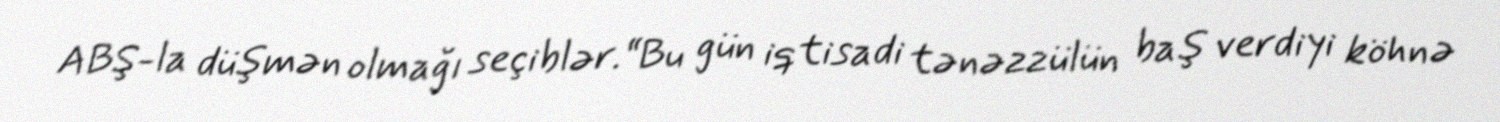
ABŞ-la düşmən olmağı seçiblər.“Bu gün iqtisadi tənəzzülün baş verdiyi köhnə